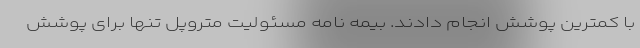
با کمترین پوشش انجام دادند. بیمه نامه مسئولیت متروپل تنها برای پوشش